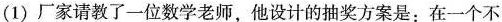
(1) 厂家请教了一位数学老师，他设计的抽奖方案是：在一个不